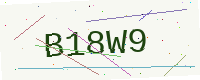
Text: B18W9